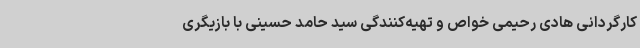
کارگردانی هادی رحیمی خواص و تهیه‌کنندگی سید حامد حسینی با بازیگری